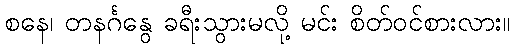
စနေ၊ တနင်္ဂနွေ ခရီးသွားမလို့ မင်း စိတ်ဝင်စားလား။